Lunatic asylums Bombay report 1878-1890 - 1878-1890
Year: 1878
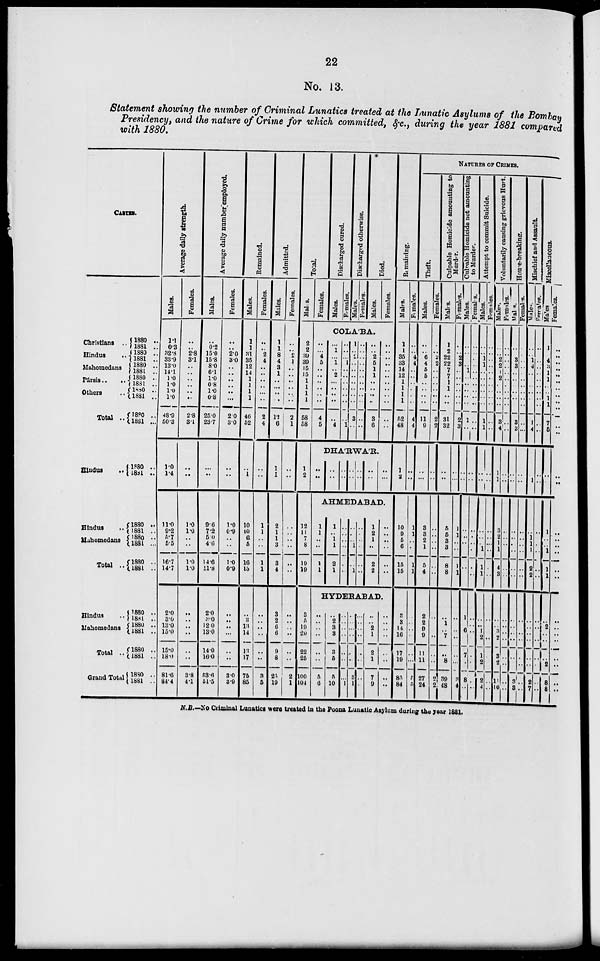
22
No. 13.
Statement showing the number of Criminal Lunatics treated at the Lunatic Asylums of the Bombay
Presidency, and the nature of Crime for which committed, &c., during the year 1881 compared
with 1880.
CASTES.
Christians ..
Hindus
..
Mahomedans
Pársis
..
..
Others
..
Total
..
Hindus
..
Hindus
..
Mahomedans
Total
..
Hindus ..
Mahomedans
Total ..
Grand Total
1880 ..
1881 ..
1880 ..
1881 ..
1880 ..
1881 ..
1880 ..
1881 ..
1880 ..
1881 ..
1880 ..
1881
..
1880 ..
1831 ..
1880 ..
1881 ..
1880 ..
1881 ..
1880 ..
1881 ..
1880 ..
1881 ..
1880 ..
1881 ..
1880 ..
1881 ..
1880 ..
1881 ..
Average daily strength.
Males.
1.1
0.3
32.8
33.9
13.0
14.1
1.0
1.0
1.0
1.0
48.9
50.3
1.0
1.4
11.0
9.2
5.7
5.5
16.7
14.7
2.0
3.0
13.0
15.0
15.0
18.0
81.6
84.4
Females.
..
.. 2.8
3.1
..
.. ..
..
..
..
2.8
3.1
..
..
1.0
1.0
..
..
1.0
1.0
..
..
..
..
..
..
3.8
4.1
Average daily number employed.
Males.
..
0.2
15.0
15.8
8.0
61
10
0.8
1.0
0.8
25.0
237
..
..
9.6
7.2
5.0
4.6
14.6
11.8
2.0
3.0
12.0
13.0
14.0
16.0
53.6
51.5
Females.
..
.. 2.0
3.0
..
..
..
..
..
..
2.0
3.0
..
..
1.0
0.9
..
..
1.0
0.9
..
..
..
..
..
..
3.0
3.9
Remained.
Males.
1
1
31
35
12
14
1
1
1
1
46
52
..
1
10
10
6
5
16
15
..
3
13
14
13
17
76
85
Females.
..
..
2
4
..
..
..
..
..
..
2
4
..
..
1
1
..
..
1
1
..
..
..
..
..
..
3
5
Admitted.
Males.
1
1
8
4
3
1
..
..
..
..
12
6
1
1
2
1
1
3
3
4
3
2
6
6
9
8
25
19
Females.
..
..
2
1
..
.. ..
..
..
..
2
1
..
..
..
..
..
..
..
..
..
..
..
..
..
..
2
1
Total.
Males.
2
2
39
39
15
15
1
1
1
1
58
58
1
2
12
11
7
8
19
19
3
5
19
20
22
25
100
104
Females.
Discharged cured.
Males.
Females.
Discharged otherwise.
Males.
Females.
Died.
Males.
Females.
COLA'BA.
..
..
4
5
..
..
..
..
..
..
4
6
..
1
..
1
..
2
..
..
..
..
..
4
..
..
..
1
..
..
..
..
..
..
..
1
1
.. 2
..
..
..
..
..
..
..
3
..
..
..
..
.. ..
..
..
..
..
..
..
..
..
..
2
5
1
1
..
..
..
..
3
6
..
..
..
..
..
..
..
..
..
..
..
..
DHA'RWA'R.
..
..
..
..
..
..
..
..
..
..
..
..
..
..
AHMEDABAD.
1
1
..
..
1
1
1
..
1
1
2
1
..
..
..
..
..
..
..
..
..
1
..
1
..
..
..
..
..
..
1
2
1
..
2
2
..
..
..
..
..
..
HYDERABAD.
..
..
..
..
..
..
5
6
..
2
3
3
3
5
5
10
..
..
..
..
..
..
..
1
..
..
..
..
..
..
3
1
..
..
..
..
..
..
..
..
..
2
1
2
1
7
9
..
..
..
..
..
..
..
..
Remaining.
Males.
1
1
35
33
14
12
1
1
1
1
52
48
1
2
10
9
5
6
15
15
3
3
14
16
17
19
85
84
Females.
..
..
4
4
..
..
..
..
..
..
4
4
..
..
1
1
..
..
1
1
..
..
..
..
..
..
5
5
NATURES OF CRIMES.
Theft.
Males.
..
.. 6
4
5
5
..
..
..
..
11
9
..
..
3
3
2
1
5
4
2
2
9
9
11
11
27
24
Females.
..
.. 2
2
..
..
..
..
..
..
2
2
..
..
..
..
..
..
..
..
..
..
..
..
..
..
2
2
Culpable Homicide amounting to
Murder.
Males.
1
2
22
22
7
7
1
1
..
..
31
32
..
..
5
6
3
3
8
8
..
..
..
7
..
8
39
48
Females.
..
..
2
3
..
..
..
..
..
..
2
3
..
..
1
1
..
..
1
1
..
..
..
..
..
..
3
..
Culpable Homicide not amounting
to Murder.
Males.
..
..
..
..
1
.. ..
..
..
..
1
..
..
..
..
..
..
..
..
..
..
..
6
..
7
..
8
..
Females.
..
..
..
..
..
..
..
..
..
..
..
..
..
..
..
..
..
..
..
..
..
..
..
..
..
..
..
..
Attempt to commit Suicide.
Males.
..
..
1
1
..
..
..
..
..
..
..
1
..
..
..
..
..
1
1
1
..
..
1
2
1
2
2
4
Females.
..
..
..
..
..
..
..
..
..
..
..
..
..
..
..
..
..
..
..
..
..
..
..
..
..
..
..
..
Voluntarily causing grievous Hurt.
Males.
..
..
2
..
1
2
..
..
..
..
..
4
1
1
3
2
1
1
4
3
..
..
3
2
3
2
11
10
Females.
..
..
..
..
..
..
..
..
..
..
..
..
..
..
..
..
..
..
..
..
..
..
..
..
..
..
..
..
House-breaking.
Males.
..
..
3
..
..
..
..
..
..
..
..
3
..
..
..
..
..
..
..
..
..
..
..
..
..
..
3
3
Females.
..
..
..
..
..
..
..
..
..
..
..
..
..
..
..
..
..
..
..
..
..
..
..
..
..
..
..
..
Mischief and Assault.
Males.
..
..
1
..
..
..
..
..
..
..
..
4
..
1
..
1
1
1
2
2
..
..
..
..
..
..
2
7
Females.
..
..
..
..
..
..
..
..
..
..
..
..
..
..
..
..
..
..
..
..
..
..
..
..
..
..
..
..
Miscellaneous.
Males
1
..
4
3
1
1
..
..
1
1
7
6
..
..
1
..
..
1
1
1
..
2
..
..
..
2
8
8
Females.
..
.. ..
..
..
.. ..
..
..
..
..
..
..
..
..
..
..
..
..
..
..
..
..
..
..
..
..
..
N.B.—No Criminal Lunatics were treated in the Poona Lunatic Asylum during the year 1881.